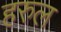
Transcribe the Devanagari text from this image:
हरुल